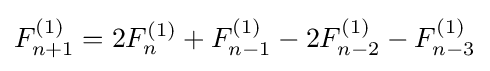
F_{n+1}^{(1)}=2F_{n}^{(1)}+F_{n-1}^{(1)}-2F_{n-2}^{(1)}-F_{n-3}^{(1)}